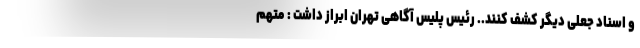
و اسناد جعلی دیگر کشف کنند.. رئیس پلیس آگاهی تهران ابراز داشت : متهم